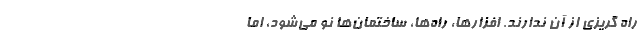
راه گريزي از آن ندارند. افزارها، راه‌ها، ساختمان‌ها نو مي‌شود، اما